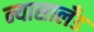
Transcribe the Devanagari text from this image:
न्यासालँड